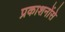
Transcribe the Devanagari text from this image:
प्रकाशनोंसे